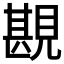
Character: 𧡪